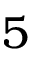
5